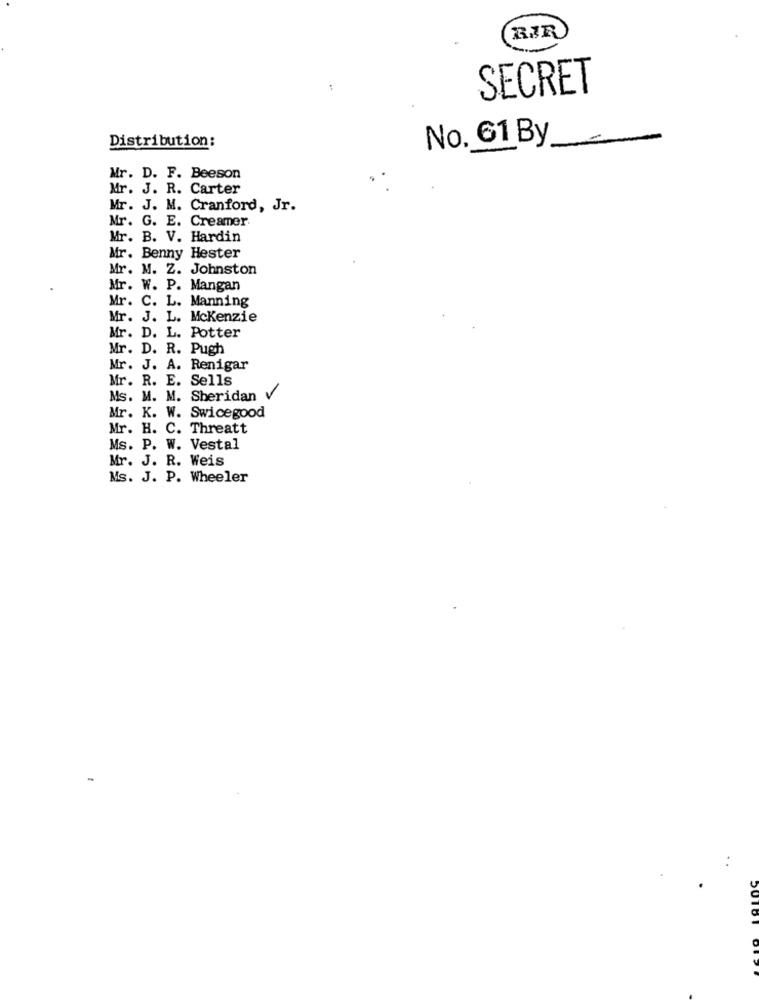
RIR
SECRET
Distribution:
No. 61 By
Mr. D. F. Beeson
Mr. J. R. Carter
Mr. J. M. Cranford, Jr.
Mr. G. E. Creamer
Mr. B. V. Hardin
Mr. Benny Hester
Mr. M. Z. Johnston
Mr. W. P. Mangan
Mr. C. L. Manning
Mr. J. L. Mckenzie
Mr. D. L. Potter
Mr. D. R. Pugh
Mr. J. A. Renigar
Mr. R. E. Sells
Ms. M. M. Sheridan V
Mr. K. W. Swicegood
Mr. H. C. Threatt
Ms. P. W. Vestal
Mr. J. R. Weis
Ms. J. P. Wheeler